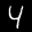
Label: 4